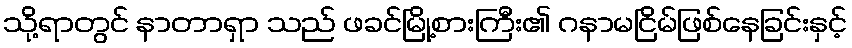
သို့ရာတွင် နာတာရှာ သည် ဖခင်မြို့စားကြီး၏ ဂနာမငြိမ်ဖြစ်နေခြင်းနှင့်